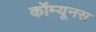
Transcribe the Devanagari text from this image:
कॉम्यूनस